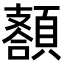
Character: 𩔩